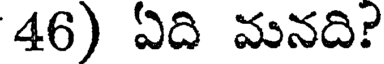
46) ఏది మనది?